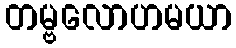
တမ္ဗလောဟမယာ